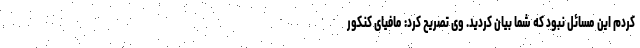
کردم این مسائل نبود که شما بیان کردید. وی تصریح کرد: مافیای کنکور